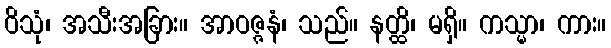
ဝိသုံ၊ အသီးအခြား။ အာဝဇ္ဇနံ၊ သည်။ နတ္ထိ၊ မရှိ။ ကသ္မာ၊ ကား။